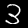
Label: 3